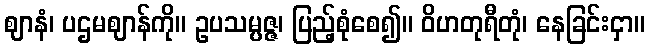
ဈာနံ၊ ပဌမဈာန်ကို။ ဥပသမ္ပဇ္ဇ၊ ပြည့်စုံစေ၍။ ဝိဟတုရီတုံ၊ နေခြင်းငှာ။